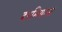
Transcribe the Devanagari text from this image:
दरमियाना